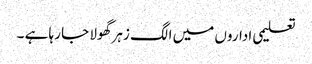
تعلیمی اداروں میں الگ زہر گھولا جا رہا ہے ۔